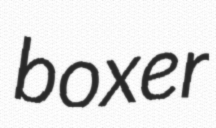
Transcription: boxer